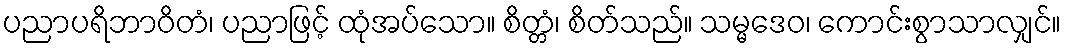
ပညာပရိဘာဝိတံ၊ ပညာဖြင့် ထုံအပ်သော။ စိတ္တံ၊ စိတ်သည်။ သမ္မဒေဝ၊ ကောင်းစွာသာလျှင်။